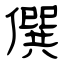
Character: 僎